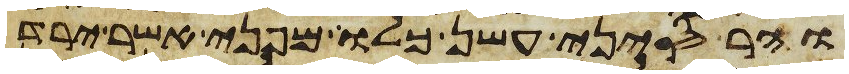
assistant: והר סיני עשן כלו מפני אשר ירד